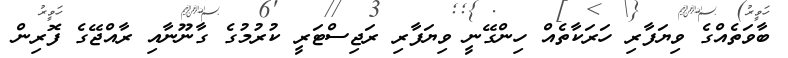
ބާވަތެއްގެ ވިޔަފާރި ހަރަކާތެއް ހިންގޭނީ ވިޔަފާރި ރަޖިސްޓަރީ ކުރުމުގެ ގާނޫނާއި ރާއްޖޭގެ ފޮރިން